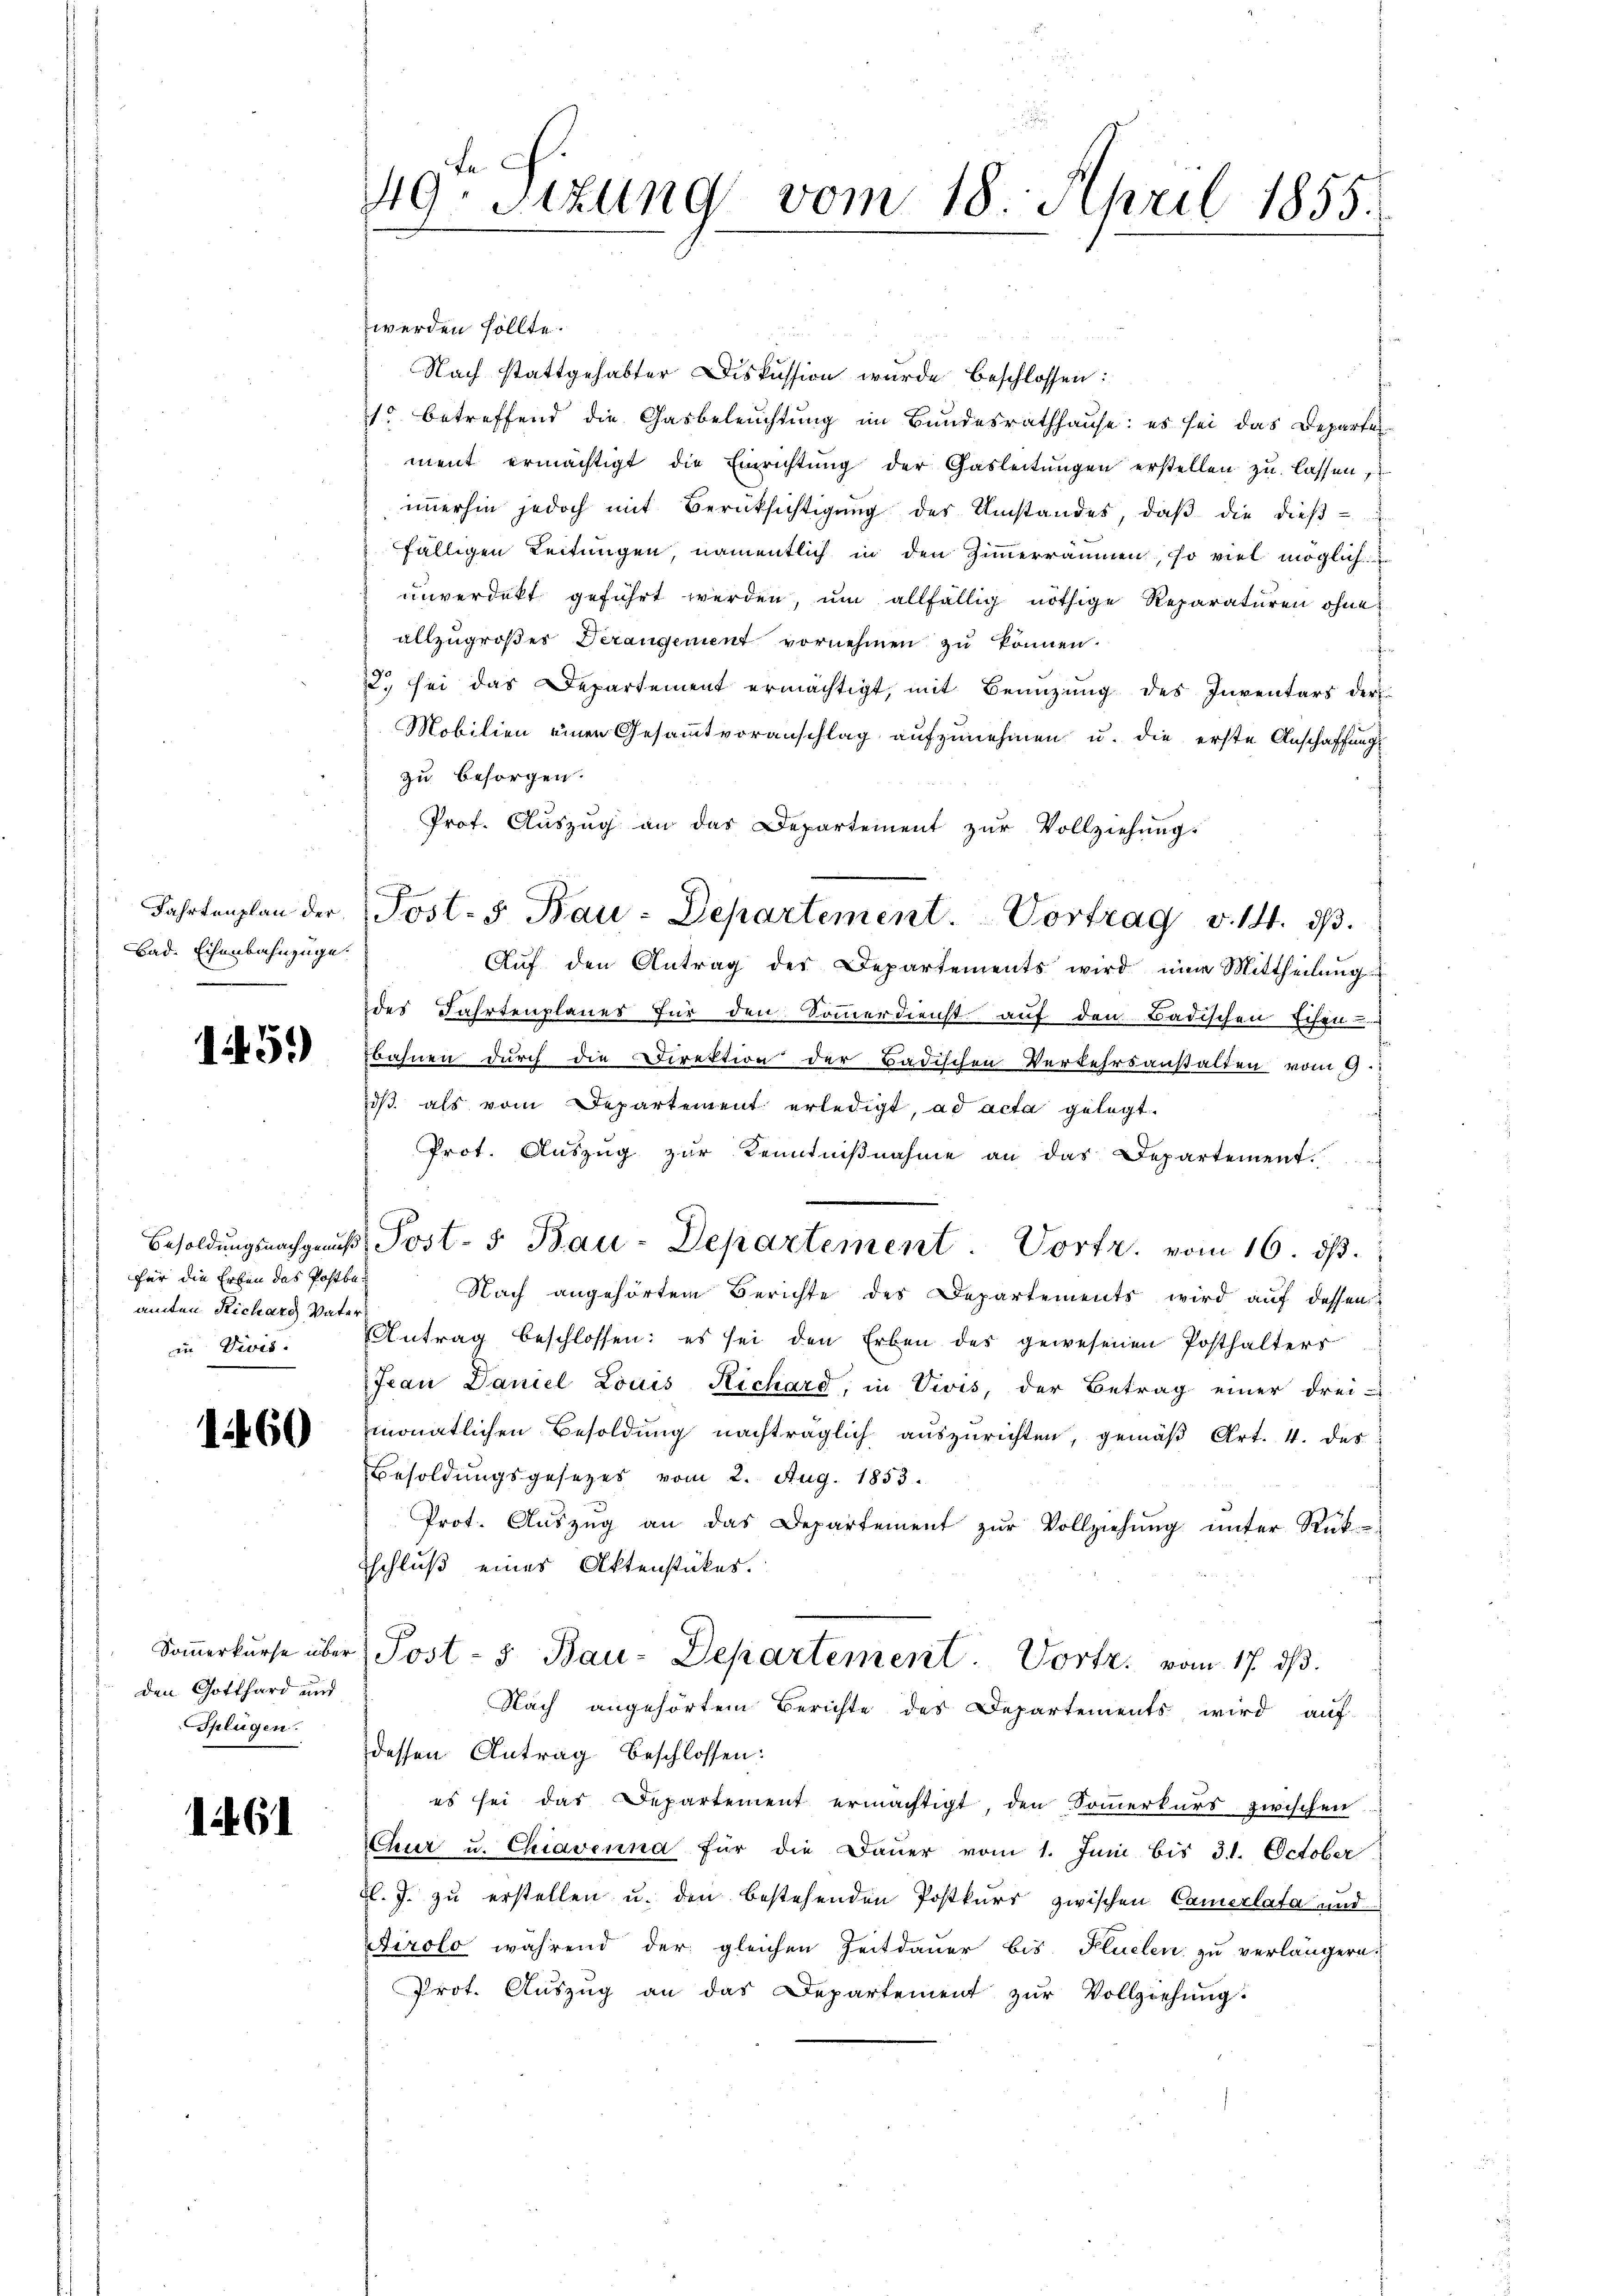
Bad. Eisenbahnzüge.

1451)

für die Erben des Postba
amten Richarg, Vater
in Divis.

1460

den Gotthard und
Splügen.

1461

49. Sizung vom 18. April 1855.

werden sollte.
Nach stattgehabter Diskussion wurde beschlossen:
1 betreffend die Gasbeleuchtung im Bundesrathhause: es sei das Departe
ment ermächtigt die Einrichtung der Gasleitungen erstellen zu lassen
immerhin jedoch mit Berücksichtigung des Umstandes, daß die dießfälligen Leitungen, namentlich in den Zimmerräumen, so viel möglich
unverdikt geführt werden, um allfällig nöthige Reparaturen ohne
allzugroßes Verangement vornehmen zu können.
22. sei das Departement ermächtigt, mit Benüzung des Inventars der
Mobilien einen Gesammtvoranschlag aufzunehmen u. die erste Anschaffung
zu besorgen.
Prof. Auszug an das Departement zur Vollziehung.
Fahrtenplan der Post- 5. Bau-Departement. Vortrag v. 14. d.
Aŭf den Antrag des Departements wird eine Mittheilŭng
des Fahrtenplanes für den Sommerdienst auf den Badischen Eisen
bahnen durch die Direktion der Badischen Verkehrsanstalten vom 9.
dβ als vom Departement erledigt, ad acta gelegt.
Prot. Auszug zur Kenntniβnahme an das Departement.
Besoldungsnachgenus Post- 5. Bau-Departement. Vortr. vom 16. ds.
Nach angehörtem Berichte des Departements wird auf dessen
Antrag beschlossen: es sei den Erben des gewesenen Posthalters
Jean Daniel Louis Richard, in Vivis, der Betrag einer drei-
monatlichen Besoldung nachträglich auszurichten, gemäß Art. 4. des
Besoldungsgesezes vom 2. Aug. 1853.
Prot. Aŭszŭg an das Departement zŭr Vollziehŭng ŭnter Rück-
Tschluß eines Aktenstückes.
Soṁerkurse über Post- 5. Bau-Departement. Vortr. vom 17. ds.
Nach angehörtem Berichte des Departements wird auf
dessen Antrag beschlossen:
es sei das Departement ermächtigt, den Soṁerkurs zwischen
Chur u. Chiavenna für die Daŭer vom 1. Juni bis 31. October
bl. J. zu erstellen u. den bestehenden Postkurs zwischen Camerlata und
tirolo während der gleichen Zeitdauer bis Flüelen zu verlängern.
Prot. Aŭszŭg an das Departement zŭr Vollziehŭng.